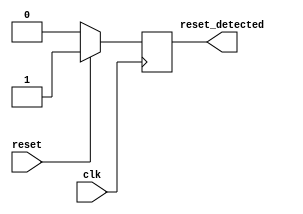
module sync_reset_detector (
    input wire clk,          // Clock signal
    input wire reset,        // Active-high asynchronous reset signal
    output reg reset_detected // Output indicating if reset condition has been detected
);

// Synchronous reset detection logic
always @(posedge clk) begin
    if (reset) begin
        reset_detected <= 1'b1; // Set output high if reset is detected
    end else begin
        reset_detected <= 1'b0; // Clear output low if reset is not detected
    end
end

endmodule